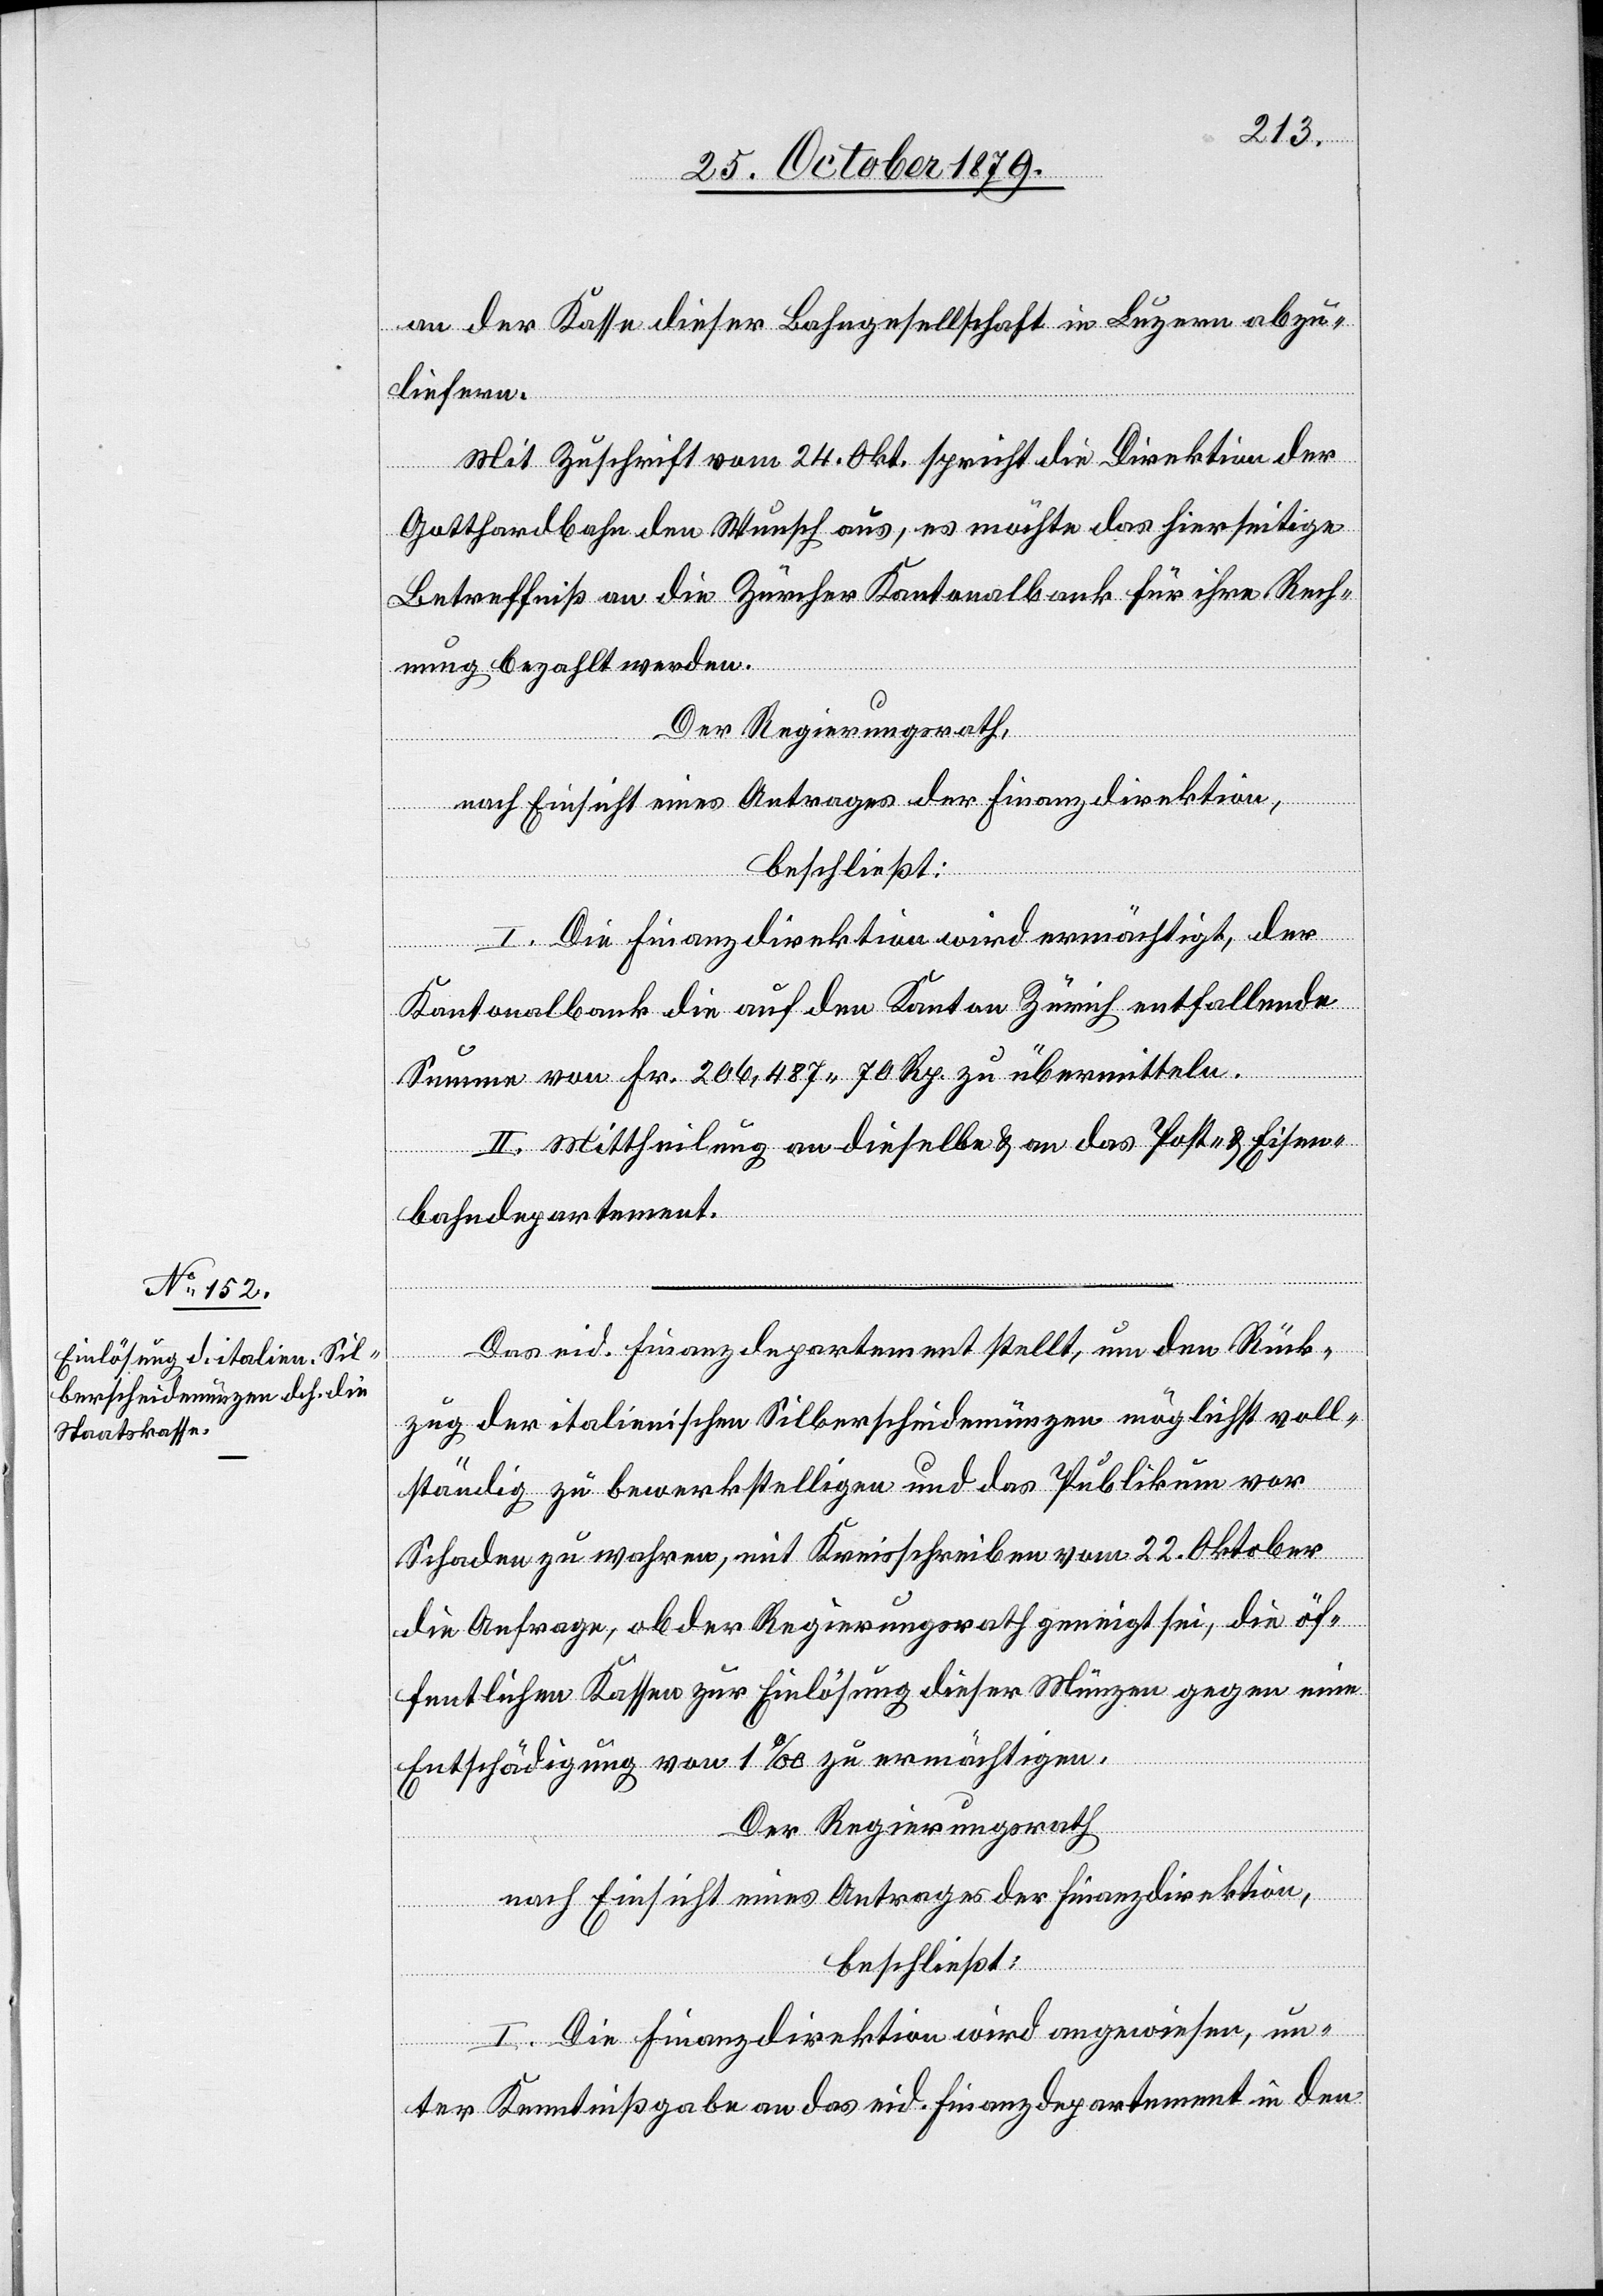
an der Kasse dieser Bahngesellschaft in Luzern abzu¬
liefern.
Mit Zuschrift vom 24. Okt. spricht die Direktion der
Gotthardbahn den Wunsch aus, es möchte das hierseitige
Betreffniß an die Zürcher Kantonalbank für ihre Rech¬
nung bezahlt werden.
Der Regierungsrath,
nach Einsicht eines Antrages der Finanzdirektion,
beschließt:
I. Die Finanzdirektion wird ermächtigt, der
Kantonalbank die auf den Kanton Zürich entfallende
Summe von Fr. 206,487 70 Rp. zu übermitteln.
II. Mittheilung an dieselbe & an das Post- & Eisen¬
bahndepartement.
Das eid. Finanzdepartement stellt, um den Rück¬
zug der italienischen Silberscheidemünzen möglichst voll¬
ständig zu bewerkstelligen und das Publikum vor
Schaden zu wahren, mit Kreisschreiben vom 22. Oktober
die Anfrage, ob der Regierungsrath geneigt sei, die öf¬
fentlichen Kassen zur Einlösung dieser Münzen gegen eine
Entschädigung von 1 % zu ermächtigen.
beschließt:
I. Die Finanzdirektion wird angewiesen, un¬
ter Kenntnißgabe an das eid. Finanzdepartement in den